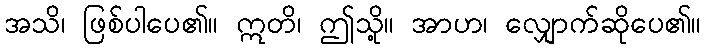
အသိ၊ ဖြစ်ပါပေ၏။ ဣတိ၊ ဤသို့။ အာဟ၊ လျှောက်ဆိုပေ၏။